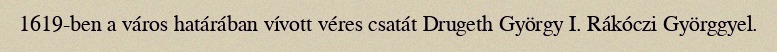
1619-ben a város határában vívott véres csatát Drugeth György I. Rákóczi Györggyel.